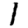
Digit: 1